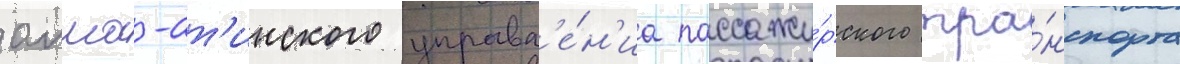
алма-ат'инского управл'е́н'иа пассажи́рского тра́нспорта